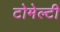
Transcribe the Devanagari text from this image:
टोमेल्टी